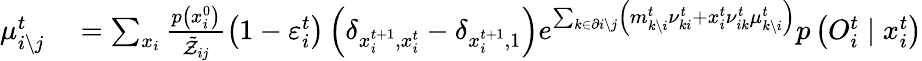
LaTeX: \begin{array}{rl}{\mu_{i\setminus j}^{t}}&{{}=\sum_{x_{i}}\frac{p\left(x_{i}^{0}\right)}{\tilde{\mathcal{Z}}_{ij}}\left(1-\varepsilon_{i}^{t}\right)\left(\delta_{x_{i}^{t+1},x_{i}^{t}}-\delta_{x_{i}^{t+1},1}\right)e^{\sum_{k\in\partial i\setminus j}\left(m_{k\setminus i}^{t}\nu_{ki}^{t}+x_{i}^{t}\nu_{ik}^{t}\mu_{k\setminus i}^{t}\right)}p\left(O_{i}^{t}\mid x_{i}^{t}\right)}\end{array}